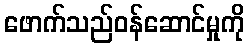
ဖောက်သည်ဝန်ဆောင်မှုကို